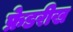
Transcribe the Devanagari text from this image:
फ्रेडरीख